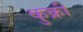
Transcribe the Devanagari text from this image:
कुक्री